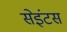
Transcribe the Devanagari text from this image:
सेइंटस